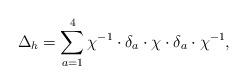
LaTeX: \begin{align*}\Delta _{h} = \sum _{a=1}^{4} \chi ^{-1}\cdot \delta _{a} \cdot \chi\cdot \delta _{a} \cdot \chi ^{-1},\end{align*}